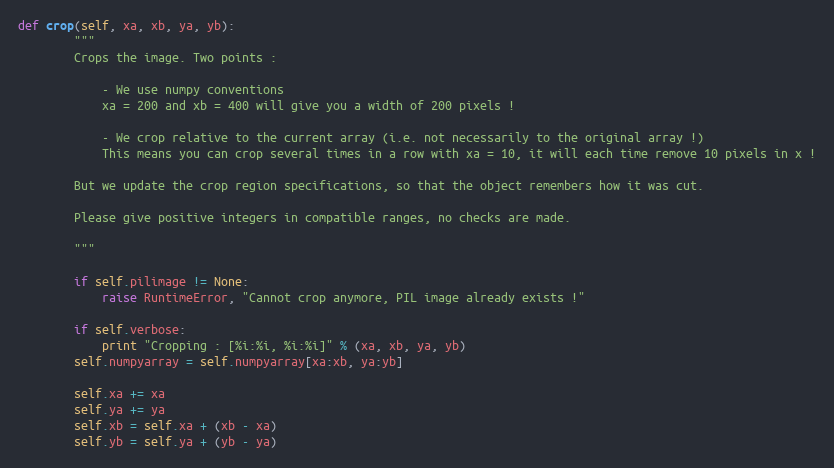
Language: Python
def crop(self, xa, xb, ya, yb):
        """
        Crops the image. Two points :

            - We use numpy conventions
            xa = 200 and xb = 400 will give you a width of 200 pixels !

            - We crop relative to the current array (i.e. not necessarily to the original array !)
            This means you can crop several times in a row with xa = 10, it will each time remove 10 pixels in x !

        But we update the crop region specifications, so that the object remembers how it was cut.

        Please give positive integers in compatible ranges, no checks are made.

        """

        if self.pilimage != None:
            raise RuntimeError, "Cannot crop anymore, PIL image already exists !"

        if self.verbose:
            print "Cropping : [%i:%i, %i:%i]" % (xa, xb, ya, yb)
        self.numpyarray = self.numpyarray[xa:xb, ya:yb]

        self.xa += xa
        self.ya += ya
        self.xb = self.xa + (xb - xa)
        self.yb = self.ya + (yb - ya)